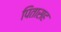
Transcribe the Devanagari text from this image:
पितासह